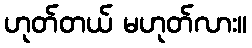
ဟုတ်တယ် မဟုတ်လား။